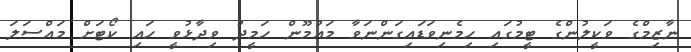
ނާޒިމްގެ ވަކީލުންގެ ޓީމުގައި ހިމެނިވަޑައިގަންނަވާ މައުމޫން ހަމީދު ވިދާޅުވީ ހައި ކޯޓަށް މައްސަލަ